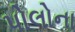
પોલોના